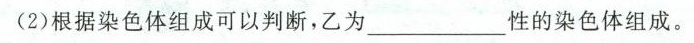
(2)根据染色体组成可以判断，乙为___性的染色体组成。